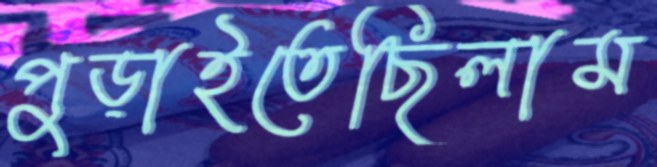
পুড়াইতেছিলাম